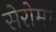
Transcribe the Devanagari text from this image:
सेरोमा